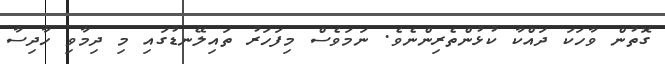
ގޮތުން ވާހަކަ ދައްކާ ކުޅުންތެރިންނެވެ. ނަމަވެސް މިފަހަރު ތައިލޭނޑުގައި މި ދިމާވި ހާދިސާ